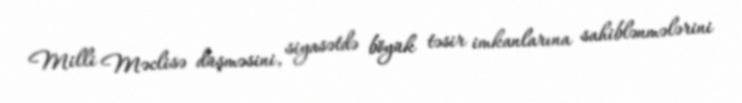
Milli Məclisə düşməsini, siyasətdə böyük təsir imkanlarına sahiblənmələrini